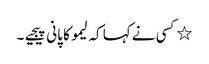
٭کسی نے کہا کہ لیمو کا پانی پیجیے۔